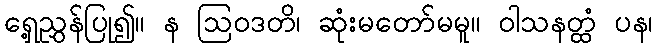
ရှေ့ညွှန်ပြု၍။ န ဩဝဒတိ၊ ဆုံးမတော်မမူ။ ဝါသနတ္ထံ ပန၊